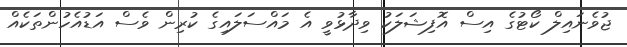
ޖުވެނައިލް ކޯޓުގެ އިސް އޮފިޝަލަކު ވިދާޅުވީ އެ މައްސަލައިގެ ކުރިން ވެސް އަޑުއެހުންތަކެއް